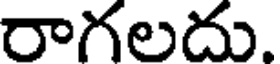
రాగలదు.